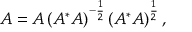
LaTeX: A = A \left( A ^ { * } A \right) ^ { - { \frac { 1 } { 2 } } } \left( A ^ { * } A \right) ^ { \frac { 1 } { 2 } } ,